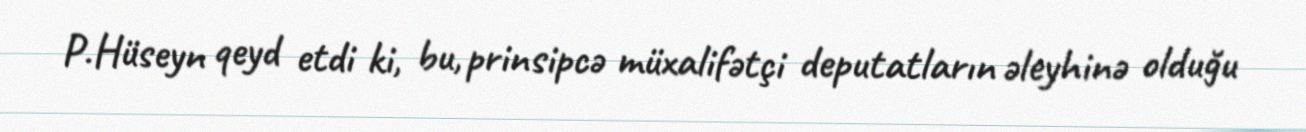
P.Hüseyn qeyd etdi ki, bu, prinsipcə müxalifətçi deputatların əleyhinə olduğu